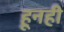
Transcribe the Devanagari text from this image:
हूनही